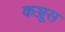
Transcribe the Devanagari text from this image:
कञ्जूस